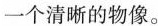
一个清晰的物像。